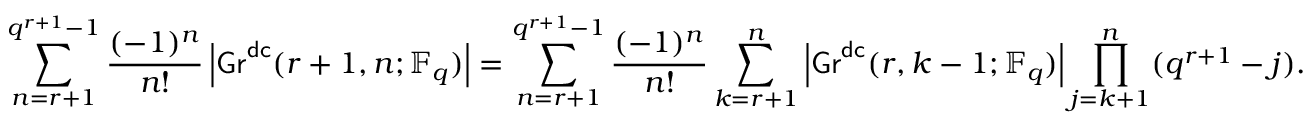
\sum _ { n = r + 1 } ^ { q ^ { r + 1 } - 1 } \frac { ( - 1 ) ^ { n } } { n ! } \left| \mathsf { G r } ^ { \mathsf { d c } } ( r + 1 , n ; \mathbb { F } _ { q } ) \right| = \sum _ { n = r + 1 } ^ { q ^ { r + 1 } - 1 } \frac { ( - 1 ) ^ { n } } { n ! } \sum _ { k = r + 1 } ^ { n } \left| \mathsf { G r } ^ { \mathsf { d c } } ( r , k - 1 ; \mathbb { F } _ { q } ) \right| \prod _ { j = k + 1 } ^ { n } ( q ^ { r + 1 } - j ) .